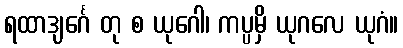
ရထာဒျင်္ဂေ တု စ ယုဂေါ၊ ကပ္ပမှိ ယုဂလေ ယုဂံ။